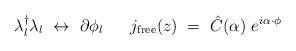
LaTeX: \begin{align*}\lambda_l^{\dagger} \lambda_l ~\leftrightarrow ~ \partial \phi_l{}~~~~~j_{\rm free}(z) ~=~ {\hat C} (\alpha) ~ e^{i \alpha \cdot \phi}\end{align*}